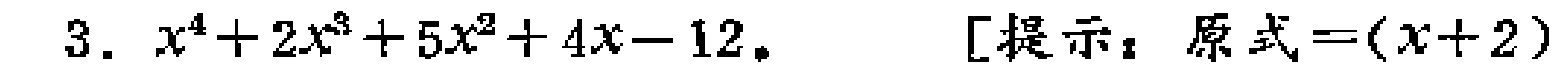
3. \(x^{4}+2x^{3}+5x^{2}+4x - 12\).  [提示：原式\(=(x + 2)\)